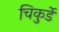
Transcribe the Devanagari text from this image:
चिकुर्डे